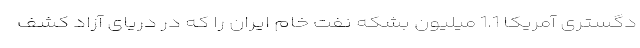
دگستری آمریکا 1.1 میلیون بشکه نفت خام ایران را که در دریای آزاد کشف